Report of the Municipal Commissioner on the plague in Bombay for the year ending 31st May... - Volume 3
Disease focus: Plague
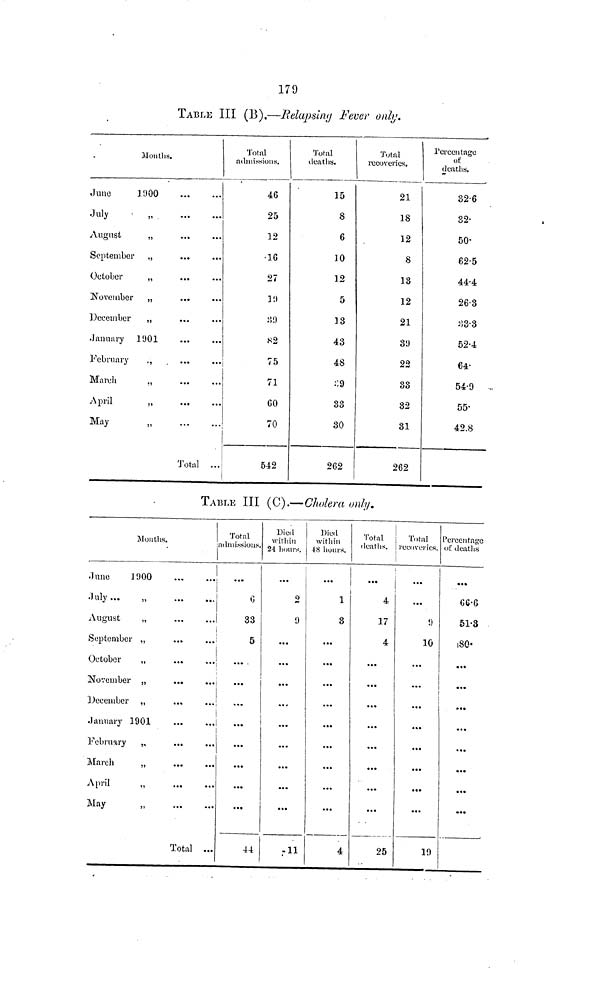
179
TABLE III (B).—Relapsiny Fever only.
Months.
June
1900
July
- ,
August
„
September ,,
October
,,
November „
December
,,
January
1901
February
.,
March
„
April
„
May
„
Total ...
Total
admissions.
46
25
12
16
27
39
39
82
75
71
GO
70
542
Total
deaths.
15
8
6
10
12
5
13
43
48
2',9
33
30
262
Total
recoveries.
21
18
12
8
13
12
21
39
22
38
32
31
262
Percentage
of
deaths.
32.6
32
50
62.5
44.4
26.3
33.3
52.4
64
54.9 -
55
42.8
TABLE III (C).— Cholera only.
Months.
June
1900
July —
,
August
,,
September ,,
...
October
„
November „
...
December „
January 1901
February
„
March
„
April
„
May
„
Total ...
Total
admissions.
6
33
5
...
...
...
...
• • *
• ••
...
44
i
Died
within
24 hours.
2
9
...
...
...
...
...
...
...
...
ll
Died
within
48 hours.
...
1
3
...
...
...
...
...
...
...
...
...
4
Total
deaths.
...
4
17
4
...
...
...
...
...
...
...
25
Total
recoveries.
...
...
9
10
...
• •*
• **
...
• ••
• ••
...
19
Percentage
of deaths
*«%
51.3
...
...
* ••
...
...
• *•
...
• •*